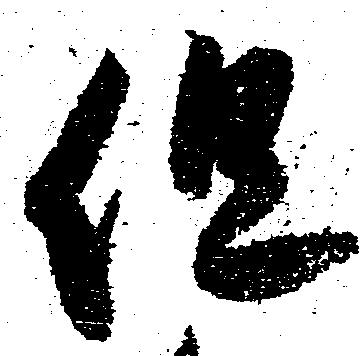
但